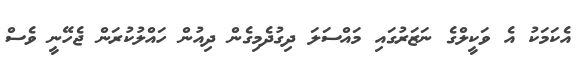
އެކަމަކު އެ ވަކީލްގެ ނަޒަރުގައި މައްސަލަ ދިގުދެމިގެން ދިއުން ހައްލުކުރަން ޖެހޭނީ ވެސް